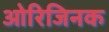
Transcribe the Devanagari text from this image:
ओरिजिनक